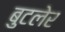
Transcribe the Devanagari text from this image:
बुटलेर